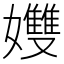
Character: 孇